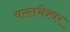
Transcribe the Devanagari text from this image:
वल्लभेश्वर